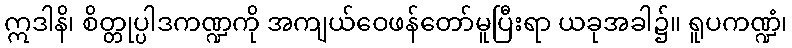
ဣဒါနိ၊ စိတ္တုပ္ပါဒကဏ္ဍကို အကျယ်ဝေဖန်တော်မူပြီးရာ ယခုအခါ၌။ ရူပကဏ္ဍံ၊